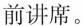
前讲席。